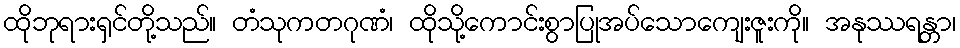
ထိုဘုရားရှင်တို့သည်။ တံသုကတဂုဏံ၊ ထိုသို့ကောင်းစွာပြုအပ်သောကျေးဇူးကို။ အနုဿရန္တာ၊